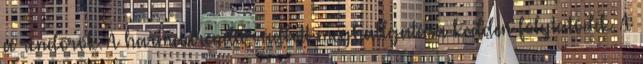
a rendőrök. A harmadrendű vádlott meghallgatása kedden folytatódik. A